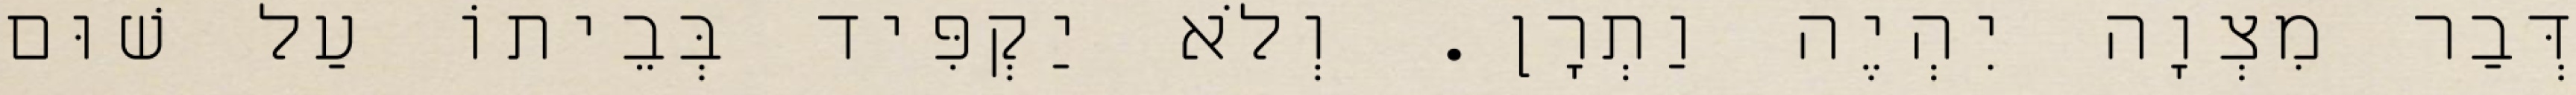
דְּבַר מִצְוָה יִהְיֶה וַתְרָן. וְלֹא יַקְפִּיד בְּבֵיתוֹ עַל שׁוּם